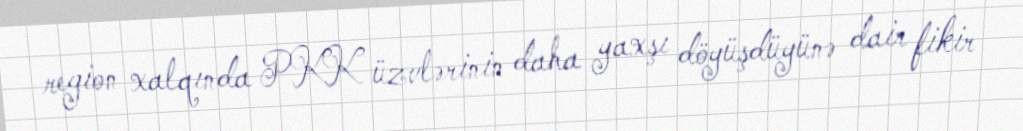
region xalqında PKK üzvlərinin daha yaxşı döyüşdüyünə dair fikir